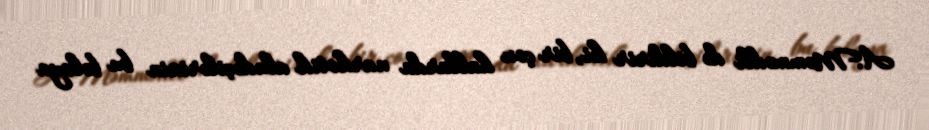
A.Məmmədli də bildirir ki, bir çox hallarda narkotik aludəçilərinin bu bəlaya